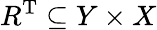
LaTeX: R^{\mathrm{T}}\subseteq Y\times X